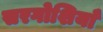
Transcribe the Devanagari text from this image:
सरगोशियाँ